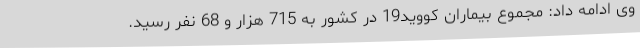
وی ادامه داد: مجموع بیماران کووید19 در کشور به 715 هزار و 68 نفر رسید.